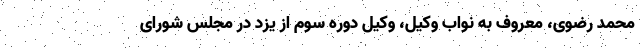
محمد رضوی، معروف به نواب وکیل، وکیل دوره سوم از یزد در مجلس شورای